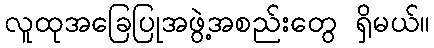
လူထုအခြေပြုအဖွဲ့အစည်းတွေ ရှိမယ်။